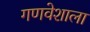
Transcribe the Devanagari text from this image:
गणवेशाला